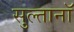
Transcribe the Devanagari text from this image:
सुल्तानॉ